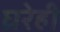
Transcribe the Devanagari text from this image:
घ्ररेही